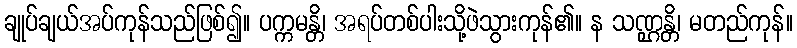
ချုပ်ချယ်အပ်ကုန်သည်ဖြစ်၍။ ပက္ကမန္တိ၊ အရပ်တစ်ပါးသို့ဖဲသွားကုန်၏။ န သဏ္ဌန္တိ၊ မတည်ကုန်။